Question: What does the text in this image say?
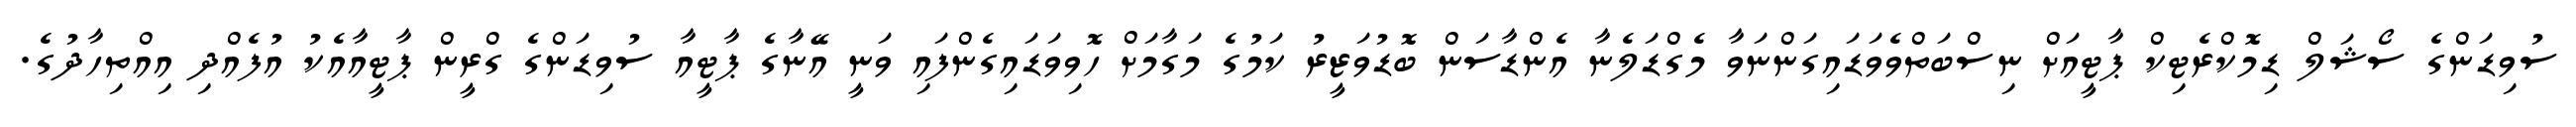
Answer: ސުވިޑަންގެ ސޯޝަލް ޑިމޮކްރެޓިކް ޕާޓީއަށް ނިސްބަތްވެވަޑައިގަންނަވާ މެގްޑަލެނާ އެންޑާސަން ބޮޑުވަޒީރު ކަމުގެ މަގާމަށް ހޮވިވަޑައިގެންފައި ވަނީ އޭނާގެ ޕާޓީއާ ސުވިޑަންގެ ގްރީން ޕާޓީއާއެކު އުފެއްދި އިއްތިހާދުގެ.